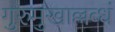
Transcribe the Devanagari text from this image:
गुरुमुखाल्लब्धं